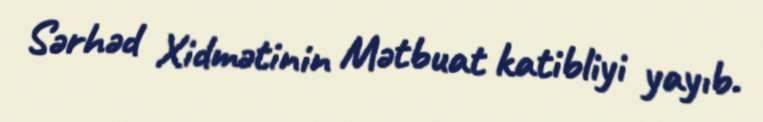
Sərhəd Xidmətinin Mətbuat katibliyi yayıb.